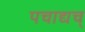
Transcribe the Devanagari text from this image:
पचाद्यच्